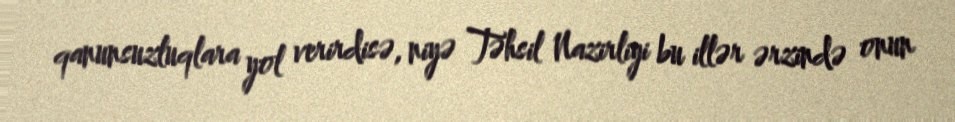
qanunsuzluqlara yol verirdisə, niyə Təhsil Nazirliyi bu illər ərzində onun